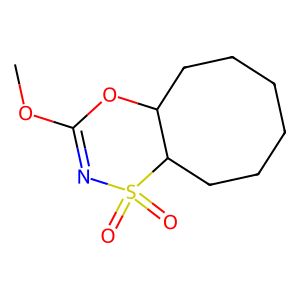
SMILES: COC1=NS(=O)(=O)C2CCCCCCC2O1
Inhibits HIV replication: No